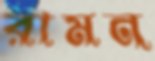
রামন